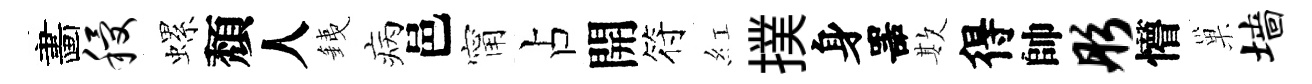
畵稷螺頽人銕病邑甯占開符紅撲身噐欺得帥彤懵巢墙